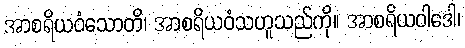
အာစရိယဝံသောတိ၊ အာစရိယဝံသဟူသည်ကို။ အာစရိယဝါဒေါ၊